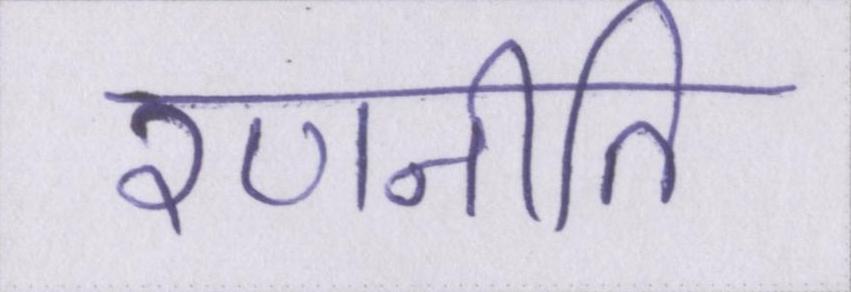
रणनीति